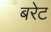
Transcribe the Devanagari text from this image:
बरेट